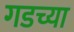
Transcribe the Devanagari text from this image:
गडच्या